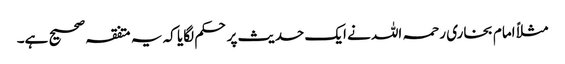
مثلاً امام بخاری رحمہ اللہ نے ایک حدیث پر حکم لگایا کہ یہ متفقہ صحیح ہے۔